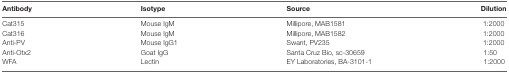
| Antibody | Isotype | Source | Dilution |
 | --- | --- | --- | --- |
 | Cat315 | Mouse IgM | Millipore, MAB1581 | 1:2000 |
 | Cat316 | Mouse IgM | Millipore, MAB1582 | 1:2000 |
 | Anti-PV | Mouse IgG1 | Swant, PV235 | 1:2000 |
 | Anti-Otx2 | Goat IgG | Santa Cruz Bio, sc-30659 | 1:50 |
 | WFA | Lectin | EY Laboratories, BA-3101-1 | 1:2000 |